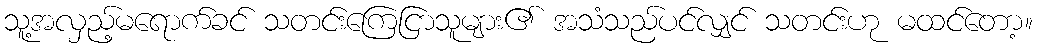
သူ့အလှည့်မရောက်ခင် သတင်းကြေငြာသူများ၏ အသံသည်ပင်လျှင် သတင်းဟု မထင်တော့။